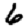
Digit: 6